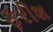
ફરીશ